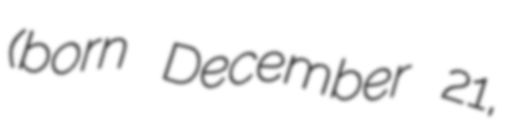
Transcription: (born December 21,